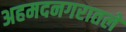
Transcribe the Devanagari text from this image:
अहमदनगरातले